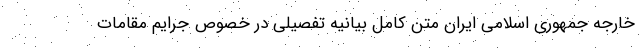
خارجه جمهوری اسلامی ایران متن کامل بیانیه تفصیلی در خصوص جرایم مقامات